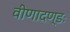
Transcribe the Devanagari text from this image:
वीणादण्डः